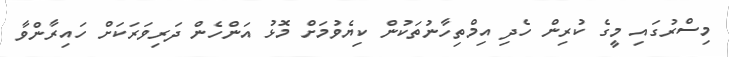
މިސްރުގައި މީގެ ކުރިން ހެދި އިމްތިހާނުތަކުން ކިޔެވުމަށް މޮޅު އަންހެން ދަރިވަރަކަށް ހައިރާންވާ